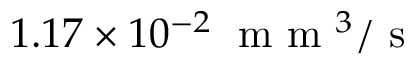
1 . 1 7 \times 1 0 ^ { - 2 } \; \mathrm { ~ m ~ m ~ } ^ { 3 } / \mathrm { ~ s ~ }